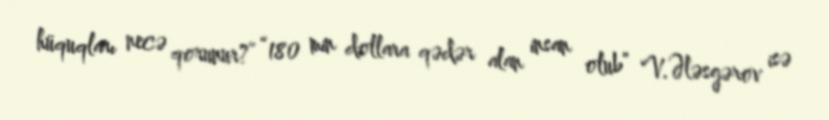
hüquqları necə qorunur?” “180 min dollara qədər alan insan olub” V.Ələsgərov isə